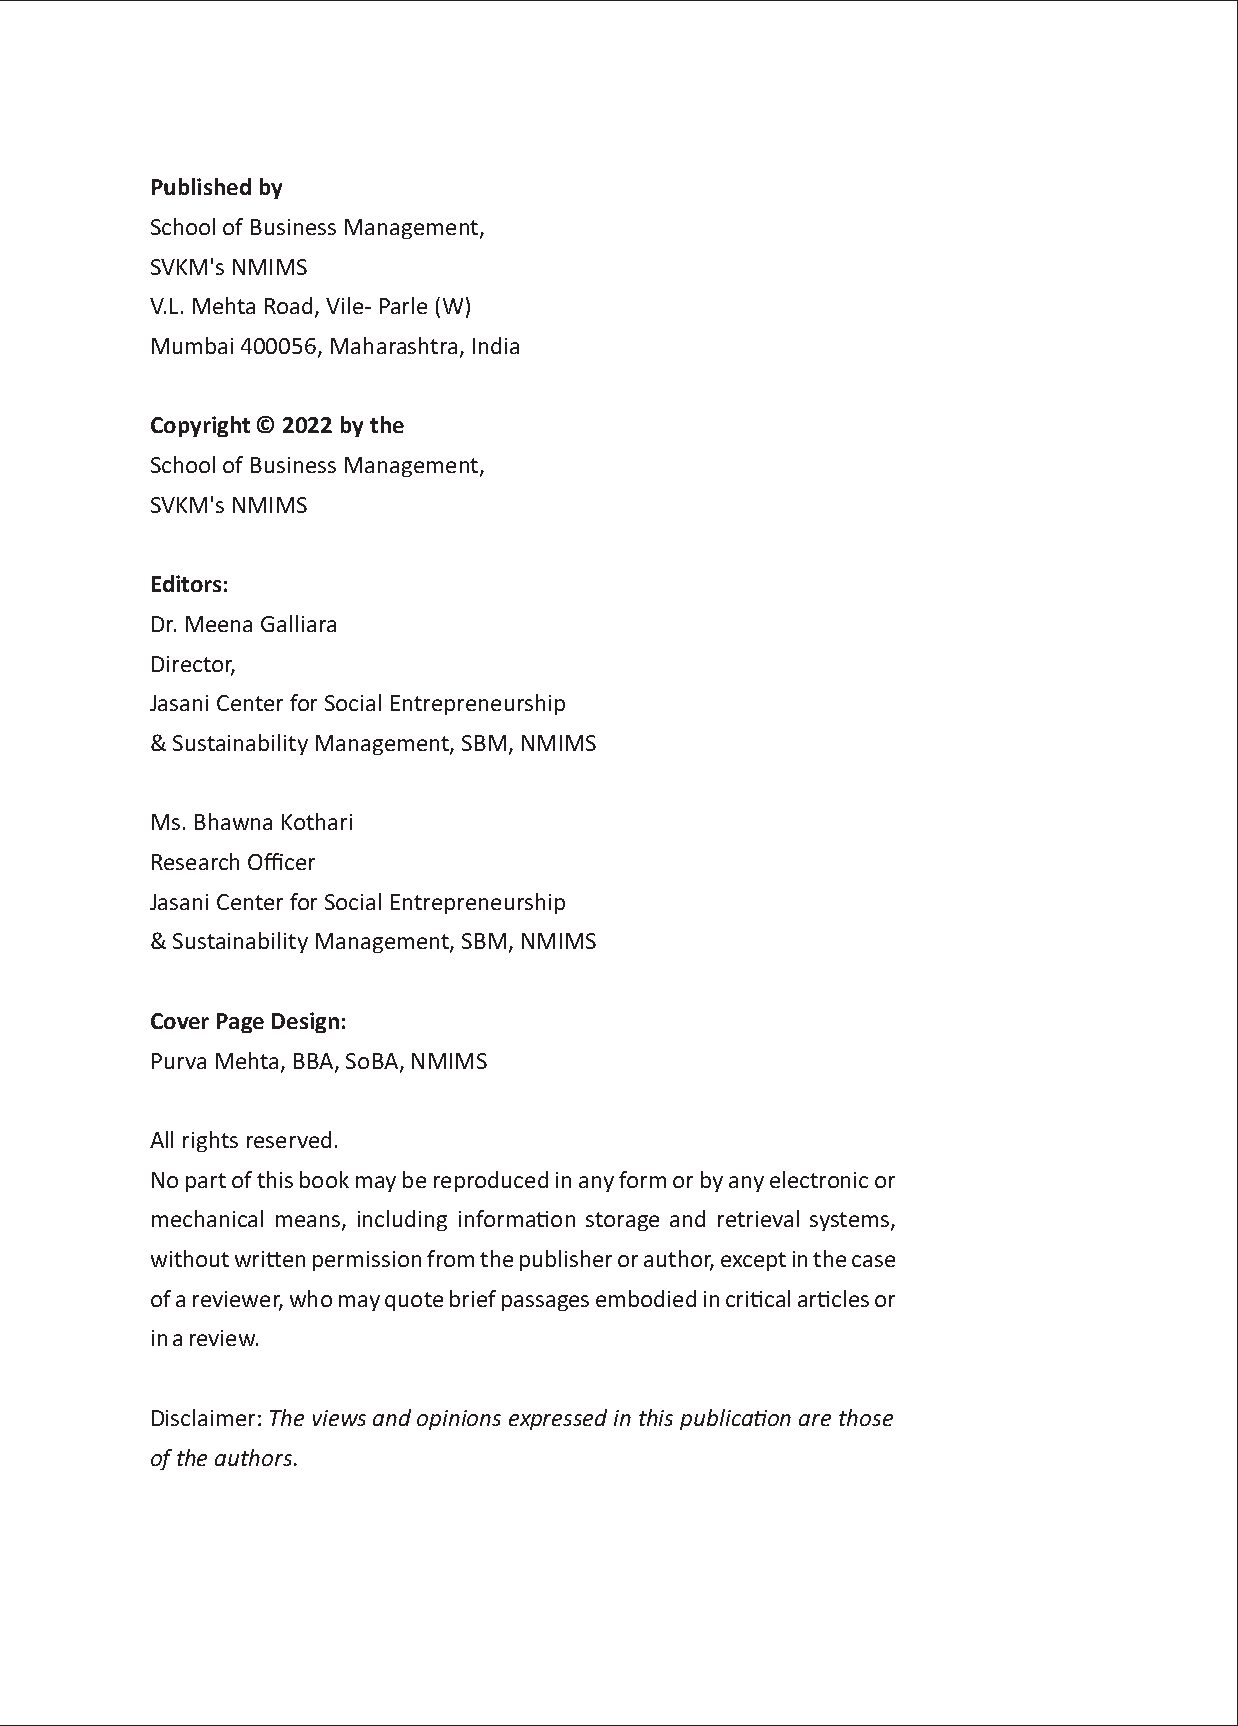
Published by
 School of Business Management,
 SVKM's NMIMS
 V.L. Mehta Road, Vile- Parle (W)
 Mumbai 400056, Maharashtra, India
 Copyright © 2022 by the
 School of Business Management,
 SVKM's NMIMS
 Editors:
 Dr. Meena Galliara
 Director,
 Jasani Center for Social Entrepreneurship
 & Sustainability Management, SBM, NMIMS
 Ms. Bhawna Kothari
 Research Officer
 Jasani Center for Social Entrepreneurship
 & Sustainability Management, SBM, NMIMS
 Cover Page Design:
 Purva Mehta, BBA, SoBA, NMIMS
 All rights reserved.
 No part of this book may be reproduced in any form or by any electronic or
 mechanical means, including informaon storage and retrieval systems,
 without wrien permission from the publisher or author, except in the case
 of a reviewer, who may quote brief passages embodied in crical arcles or
 in a review.
 Disclaimer: The views and opinions expressed in this publicaon are those
 of the authors.